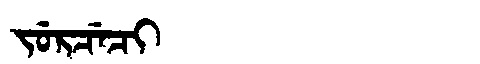
Manchu: ᠵᡠᡵᠴᡝᠴᡳ
Romanization: JURCECI